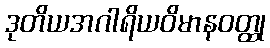
ဒုတိယအဂါရိယဝိမာနဝတ္ထု